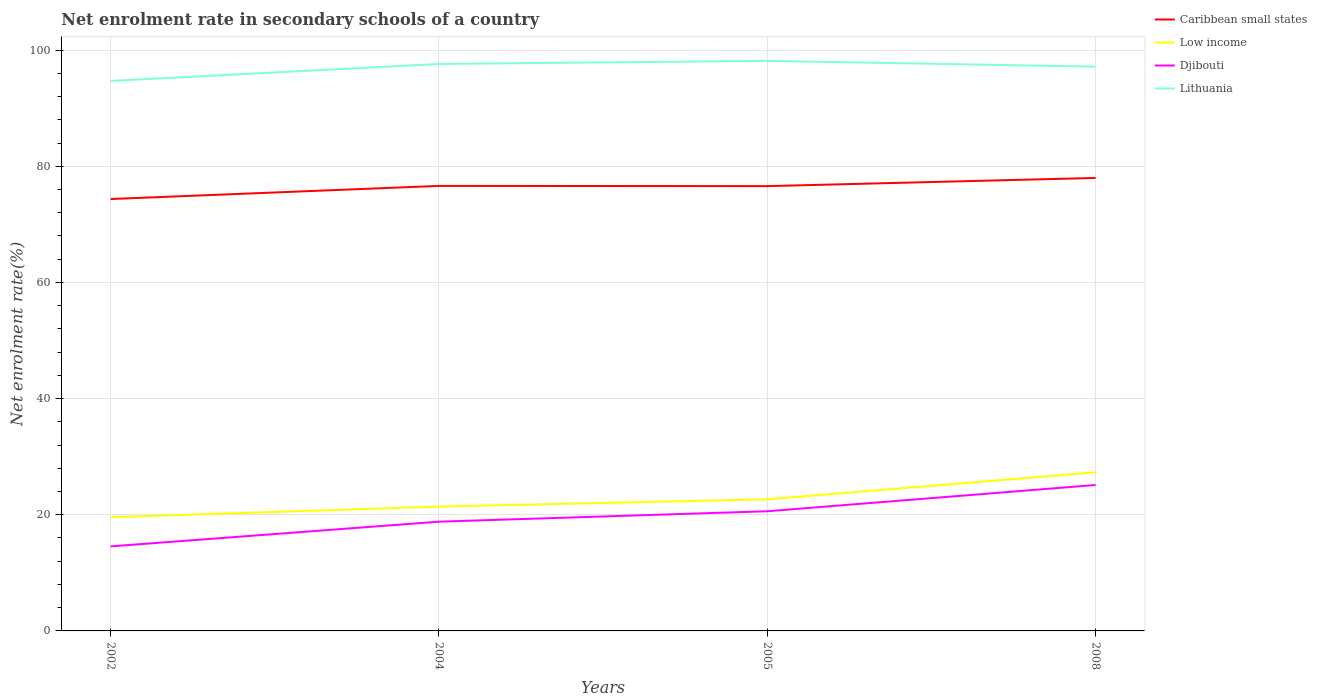
| Years | Caribbean small states | Low income | Djibouti | Lithuania |
 | --- | --- | --- | --- | --- |
 | 2002 | 74.4 | 19.6 | 14.6 | 94.7 |
 | 2004 | 76.6 | 21.4 | 18.8 | 97.6 |
 | 2005 | 76.6 | 22.7 | 20.6 | 98.1 |
 | 2008 | 78 | 27.3 | 25.1 | 97.1 |